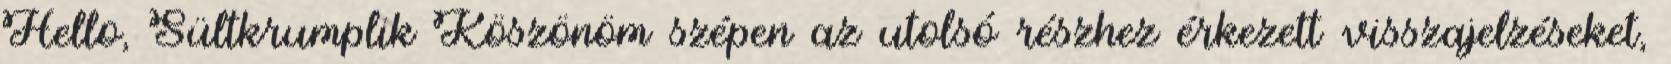
Hello, Sültkrumplik Köszönöm szépen az utolsó részhez érkezett visszajelzéseket,